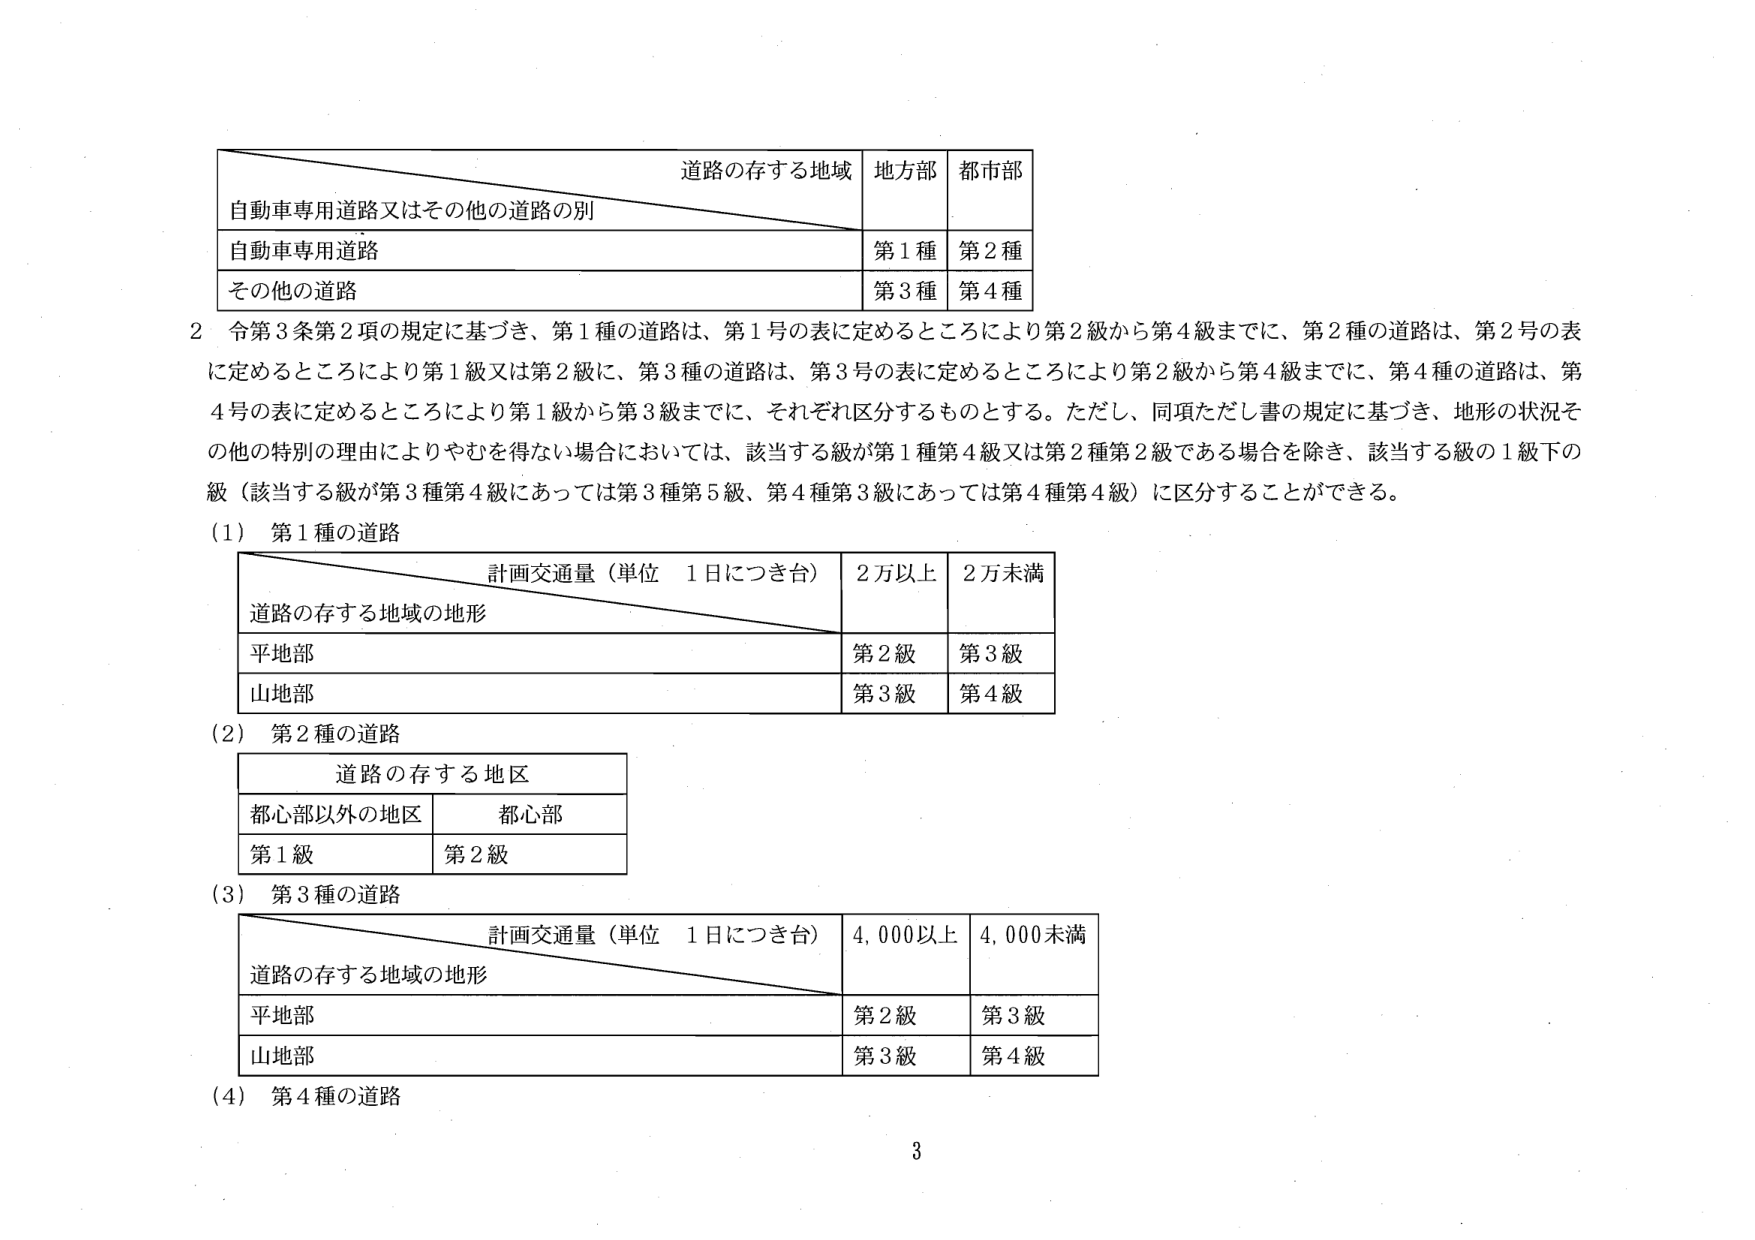
道路の存する地域 地方部 都市部
自動車専用道路又はその他の道路の別
自動車専用道路 第1種 第2種
その他の道路 第3種 第4種

2 令第3条第2項の規定に基づき、第1種の道路は、第1号の表に定めるところにより第2級から第4級までに、第2種の道路は、第2号の表に定めるところにより第1級又は第2級に、第3種の道路は、第3号の表に定めるところにより第2級から第4級までに、第4種の道路は、第4号の表に定めるところにより第1級から第3級までに、それぞれ区分するものとする。ただし、同項ただし書の規定に基づき、地形の状況その他の特別の理由によりやむを得ない場合においては、該当する級が第1種第4級又は第2種第2級である場合を除き、該当する級の1級下の級（該当する級が第3種第4級にあっては第3種第5級、第4種第3級にあっては第4種第4級）に区分することができる。

(1) 第1種の道路
計画交通量（単位 1日につき台） 2万以上 2万未満
道路の存する地域の地形
平地部 第2級 第3級
山地部 第3級 第4級

(2) 第2種の道路
道路の存する地区
都心部以外の地区 都心部
第1級 第2級

(3) 第3種の道路
計画交通量（単位 1日につき台） 4,000以上 4,000未満
道路の存する地域の地形
平地部 第2級 第3級
山地部 第3級 第4級

(4) 第4種の道路

3